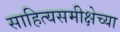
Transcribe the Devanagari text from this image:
साहित्यसमीक्षेच्या